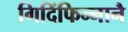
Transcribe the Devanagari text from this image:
गिदिंफिन्‍नानै